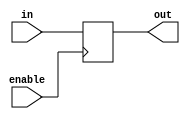
module EnableLatch(
    input wire enable,
    input wire in,
    output reg out
);

always @(posedge enable)
begin
    if(enable)
        out <= in;
end

endmodule